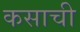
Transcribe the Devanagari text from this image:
कसाची